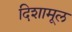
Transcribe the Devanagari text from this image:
दिशामूल